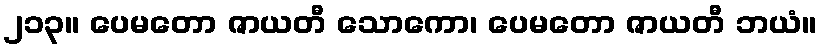
၂၁၃။ ပေမတော ဇာယတီ သောကော၊ ပေမတော ဇာယတီ ဘယံ။